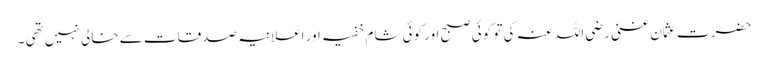
حضرت عثمان غنی رضی اللہ عنہ کی تو کوئی صبح اور کوئی شام خفیہ اور اعلانیہ صدقات سے خالی نہیں تھی ۔